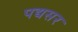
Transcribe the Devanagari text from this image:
पद्यसर